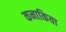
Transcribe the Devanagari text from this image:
कनाकिया